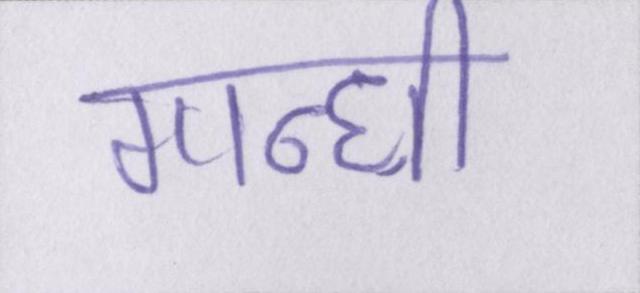
गान्धी